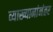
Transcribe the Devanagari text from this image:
व्याख्यानांनंतर